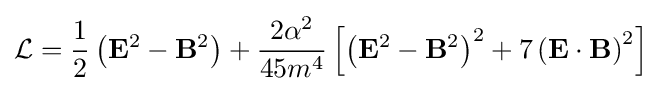
{\mathcal {L}}={\frac {1}{2}}\left(\mathbf {E} ^{2}-\mathbf {B} ^{2}\right)+{\frac {2\alpha ^{2}}{45m^{4}}}\left[\left(\mathbf {E} ^{2}-\mathbf {B} ^{2}\right)^{2}+7\left(\mathbf {E} \cdot \mathbf {B} \right)^{2}\right]